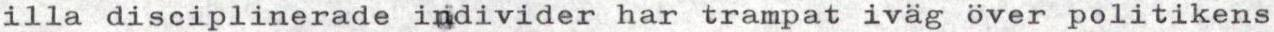
illa disciplinerade individer har trampat iväg över politikens